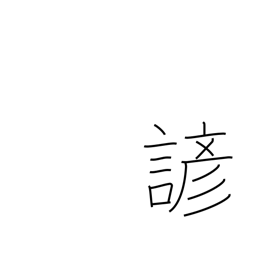
Meaning: proverb